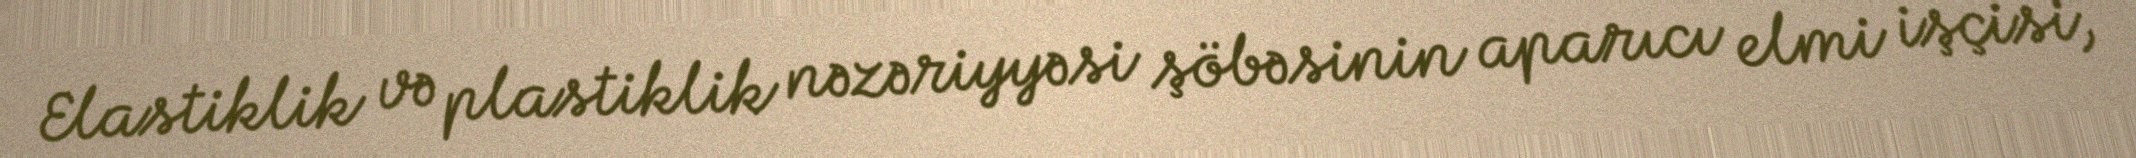
Elastiklik və plastiklik nəzəriyyəsi şöbəsinin aparıcı elmi işçisi,